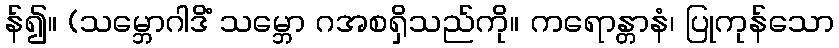
န်၍။ (သမ္ဘောဂါဒိံ သမ္ဘော ဂအစရှိသည်ကို။ ကရောန္တာနံ၊ ပြုကုန်သော